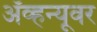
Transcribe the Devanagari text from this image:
ॲव्हन्यूवर